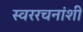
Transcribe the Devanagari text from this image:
स्वररचनांशी